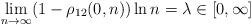
LaTeX: \begin{align*}\lim_{n\to\infty}(1-\rho_{12}(0,n))\ln n=\lambda\in [0, \infty]\end{align*}